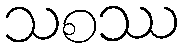
သစဿ